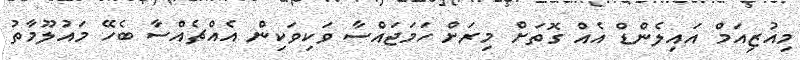
މިއުޒިއަމް އައިލެންޑް އެއް ގޮތަށް މިރަށް ހަމަޖައްސާ ވަކިވަކިން އެއްޗެއްސާ ބެހޭ މައުލޫމާތު